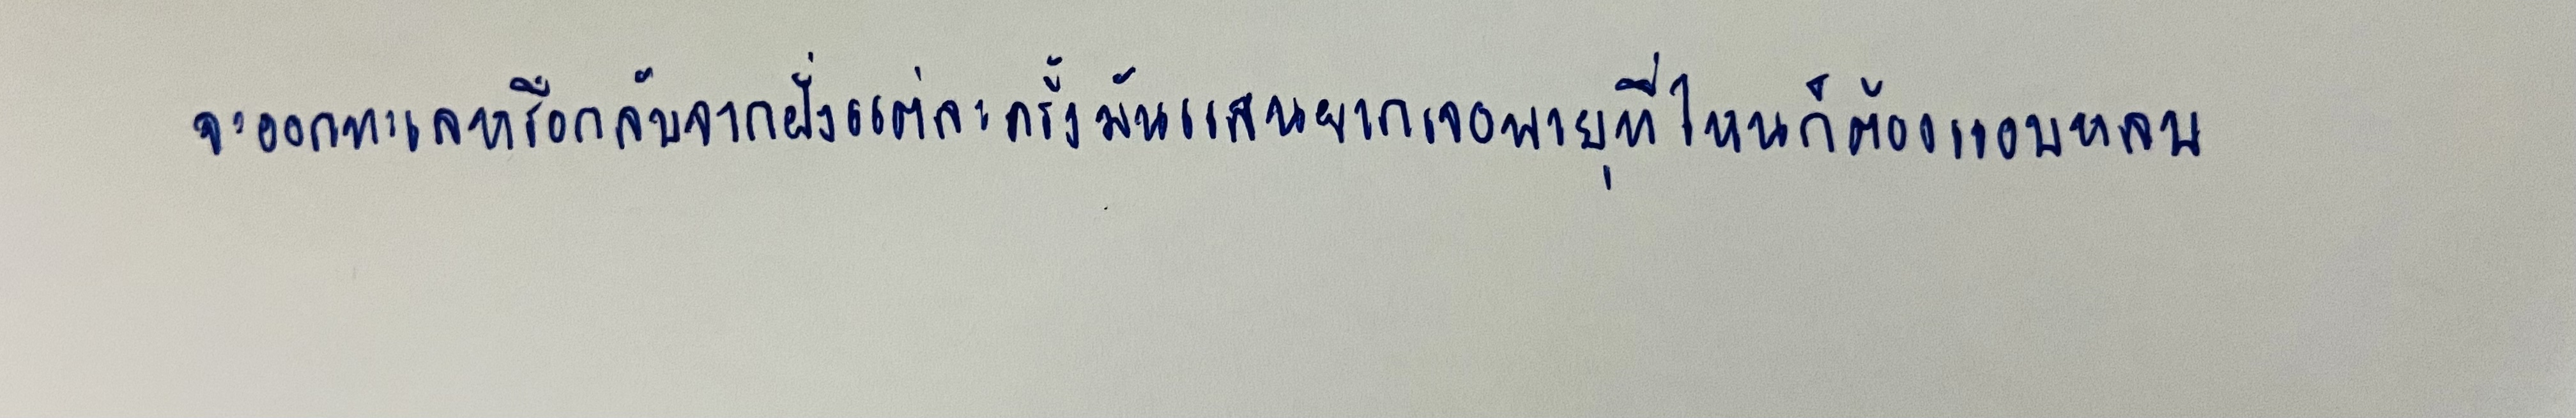
จะออกทะเลหรือกลับจากฝั่งแต่ละครั้งมันแสนยากเจอพายุที่ไหนก็ต้องแอบหลบ